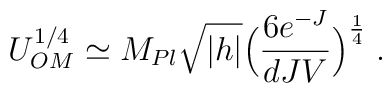
U_{OM}^{1/4} \simeq M_{Pl}\sqrt{|h|}\Big(\frac{6e^{-J}}{dJV}\Big)^{\frac{1}{4}} \; .